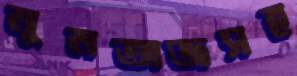
মুমতাজসহ